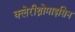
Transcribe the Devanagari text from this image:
क्लेरीथ्रोमाइसिन